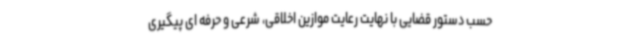
حسب دستور قضایی با نهایت رعایت موازین اخلاقی، شرعی و حرفه ای پیگیری